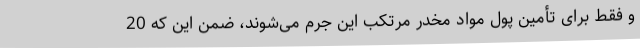
و فقط برای تأمین پول مواد مخدر مرتکب این جرم می‌شوند، ضمن این که 20